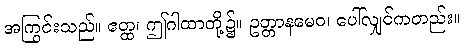
အကြွင်းသည်။ ဧတ္ထ၊ ဤဂါထာတို့၌။ ဥတ္တာနမေဝ၊ ပေါ်လျှင်ကတည်း။